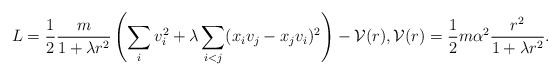
\begin{align*} L = \frac{1}{2}\frac{m}{1+\lambda r^2} \left(\sum_i v_i^2 + \lambda \sum_{i<j} (x_iv_j - x_jv_i)^2\right) - {\cal V}(r), {\cal V}(r) =\frac{1}{2} m \alpha^2 \frac{r^2}{1+\lambda r^2}. \end{align*}